Report of the Municipal Commissioner on the plague in Bombay for the year ending 31st May... - Volume 1
Disease focus: Plague
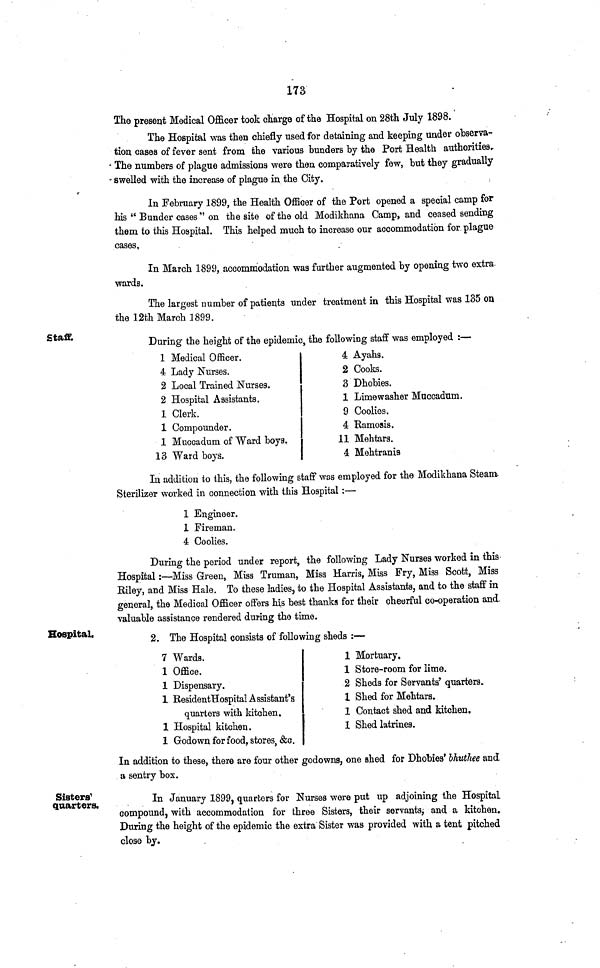
173
The present Medical Officer took charge of the Hospital on 28th July 1898.
The Hospital was then chiefly used for detaining and keeping under observa-
tion cases of fever sent from the various bunders by the Port Health authorities.
The numbers of plague admissions were then comparatively few, but they gradually
swelled with the increase of plague in the City.
In February 1899, the Health Officer of the Port opened a special camp for
his " Bunder cases " on the site of the old Modikhana Camp, and ceased sending
them to this Hospital. This helped much to increase our accommodation for plague
cases.
In March 1899, accommodation was further augmented by opening two extra
wards.
The largest number of patients under treatment in this Hospital was 135 on
the 12th March 1899.
Staff.
During the height of the epidemic, the following staff was employed :—
1 Medical Officer.
4 Lady Nurses.
2 Local Trained Nurses.
2 Hospital Assistants.
1 Clerk.
1 Compounder.
1 Muccadum of Ward boys.
13 Ward boys.
4 Ayahs.
2 Cooks.
3 Dhobies.
1 Limewasher Muccadum.
9 Coolies.
4 Ramosis.
11 Mehtars.
4 Mehtranis
In addition to this, the following staff was employed for the Modikhana Steam
Sterilizer worked in connection with this Hospital :—
1 Engineer.
1 Fireman.
4 Coolies.
During the period under report, the following Lady Nurses worked in this
Hospital :—Miss Green, Miss Truman, Miss Harris, Miss Fry, Miss Scott, Miss
Riley, and Miss Hale. To these ladies, to the Hospital Assistants, and to the staff in
general, the Medical Officer offers his best thanks for their cheerful co-operation and
valuable assistance rendered during the time.
Hospital.
2. The Hospital consists of following sheds :—
7 Wards.
1 Office.
1 Dispensary.
1 Resident Hospital Assistant's
quarters with kitchen.
1 Hospital kitchen.
1 Godown for food, stores, &c.
1 Mortuary.
1 Store-room for lime.
2 Sheds for Servants' quarters.
1 Shed for Mehtars.
1 Contact shed and kitchen.
1 Shed latrines.
In addition to these, there are four other godowns, one shed for Dhobies' bhuthee and
a sentry box.
Sisters'
quarters.
In January 1899, quarters for Nurses were put up adjoining the Hospital
compound, with accommodation for three Sisters, their servants, and a kitchen.
During the height of the epidemic the extra Sister was provided with a tent pitched
close by.